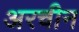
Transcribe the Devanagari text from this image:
अरचीन